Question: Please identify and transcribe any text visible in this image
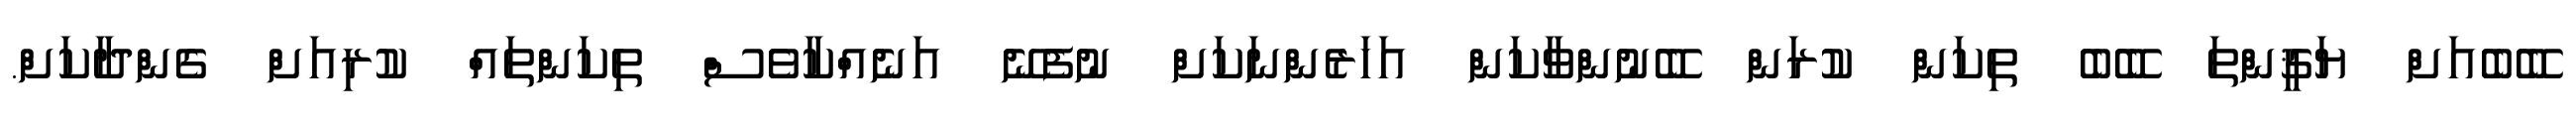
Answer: ބޭބެއަށް ޔަޤީންތަ ބޭބެ ތިކަން ކުރަން ބޭނުންވާކަން އަހަރެންނަކަށް ނުފެނޭ އަނެއްކާވެސް ތިކަންތައް ކުރިއަށް ގެންދާކަށް.